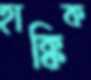
হাক্কিক